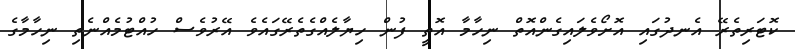
ކޮޓަރިތެރޭ އެނދުގައި އޮށޯވެލައިގެންއޮތް ނިހާމާ އޮތީ ފުން ހިޔާލެއްގެތެރޭގައެވެ އޭރުވެސް ހުއްޓުމެއްނެތި ނިހާމާގެ